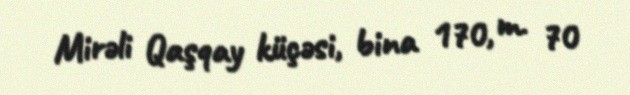
Mirəli Qaşqay küçəsi, bina 170, m. 70